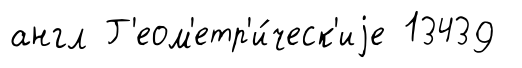
англ Г'еом'етр'и́ческ'иjе 13439